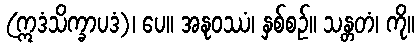
(ဣဒံသိက္ခာပဒံ)၊ ပေ။ အနုဝဿံ၊ နှစ်စဉ်။ သန္တတံ၊ ကို။